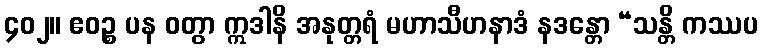
၄၀၂။ ဧဝဉ္စ ပန ဝတွာ ဣဒါနိ အနုတ္တရံ မဟာသီဟနာဒံ နဒန္တော “သန္တိ ကဿပ